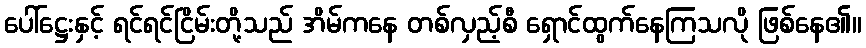
ပေါ်ဋ္ဌေးနှင့် ရင်ရင်ငြိမ်းတို့သည် အိမ်ကနေ တစ်လှည့်စီ ရှောင်ထွက်နေကြသလို ဖြစ်နေ၏။